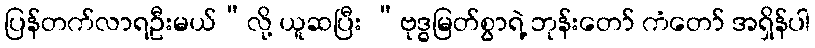
ပြန်တက်လာရဦးမယ်”လို့ ယူဆပြီး “ဗုဒ္ဓမြတ်စွာရဲ့ ဘုန်းတော် ကံတော် အရှိန်ပါ